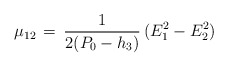
\begin{align*}\mu_{12}\,=\,{1\over2(P_0-h_3)}\,(E_1^2-E_2^2)\end{align*}